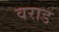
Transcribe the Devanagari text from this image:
वराड